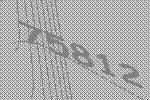
75812